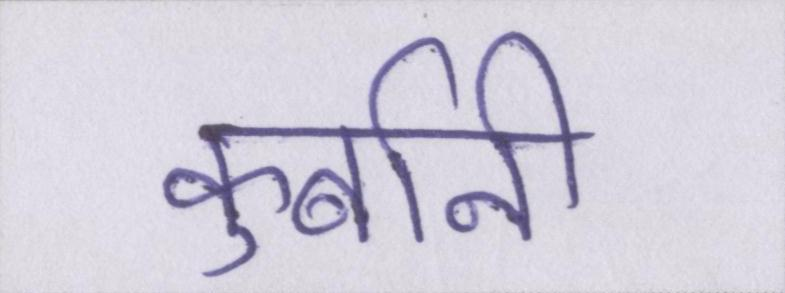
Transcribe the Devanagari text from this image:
कुर्बानी